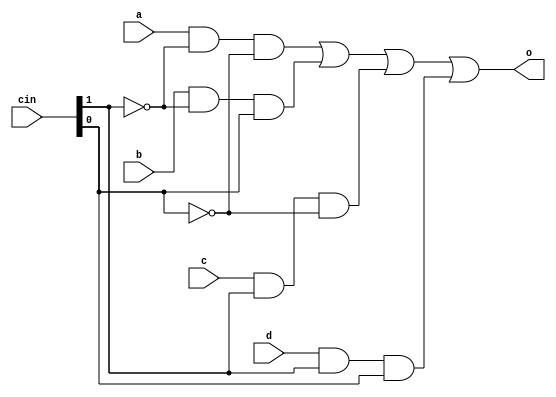
//b12015 ROHIT PATIYAL
module mux4to1(o,a,b,c,d,cin);
	input a,b,c,d;
	input [1:0] cin;
	output o;
	wire x1, x2,x3, x4;
	and a1(x1,a,~cin[1],~cin[0]);
	and a2(x2,b,~cin[1],cin[0]);
	and a3(x3,c,cin[1],~cin[0]);
	and a4(x4,d,cin[1],cin[0]);
	or o1(o,x1,x2,x3,x4);
endmodule